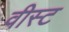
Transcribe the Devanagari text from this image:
वीस्ट